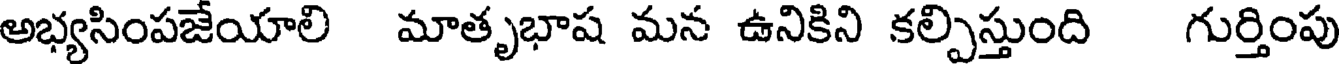
అభ్యసింపజేయాలి మాతృభాష మన ఉనికిని కల్పిస్తుంది గుర్తింపు